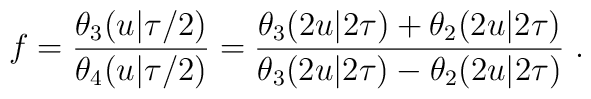
f= \frac{\theta_3(u|\tau/2)}{\theta_4(u|\tau/2)} = {\theta_3(2u|2\tau) +\theta_2(2u|2\tau )\over \theta_3(2u|2\tau) - \theta_2(2u|2\tau )}~.